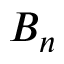
B _ { n }